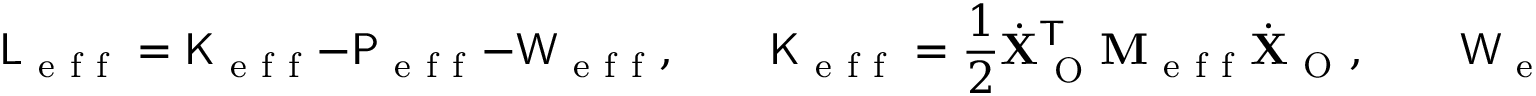
\mathsf { L } _ { \mathrm { ~ e ~ f ~ f ~ } } = \mathsf { K } _ { \mathrm { ~ e ~ f ~ f ~ } } - \mathsf { P } _ { \mathrm { ~ e ~ f ~ f ~ } } - \mathsf { W } _ { \mathrm { ~ e ~ f ~ f ~ } } , \qquad \mathsf { K } _ { \mathrm { ~ e ~ f ~ f ~ } } = \frac { 1 } { 2 } \dot { \mathbf { X } } _ { \mathrm { ~ O ~ } } ^ { \mathsf { T } } \mathbf { M } _ { \mathrm { ~ e ~ f ~ f ~ } } \dot { \mathbf { X } } _ { \mathrm { ~ O ~ } } , \qquad \mathsf { W } _ { \mathrm { ~ e ~ f ~ f ~ } } = \mathbf { F } _ { \mathrm { ~ e ~ f ~ f ~ } } ^ { \mathsf { T } } \mathbf { X } _ { \mathrm { ~ O ~ } } \, ,